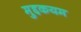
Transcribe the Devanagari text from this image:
मुद्दकयम